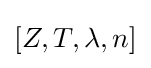
[Z,T,\lambda ,n]